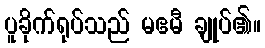
ပူခိုက်ရုပ်သည် မဧမီ ချုပ်၏။